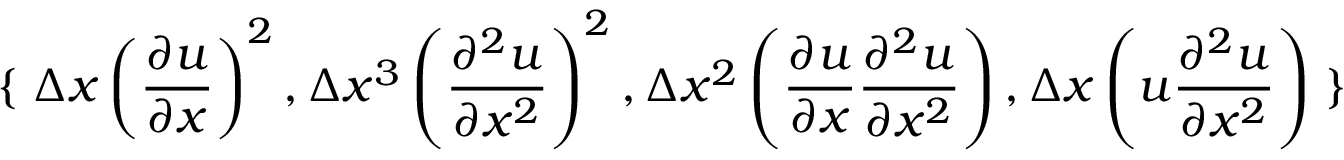
\left\{ \right. \Delta x \left( \frac { \partial u } { \partial x } \right) ^ { 2 } , \allowbreak \Delta x ^ { 3 } \left( \frac { \partial ^ { 2 } u } { \partial x ^ { 2 } } \right) ^ { 2 } , \allowbreak \Delta x ^ { 2 } \left( \frac { \partial u } { \partial x } \frac { \partial ^ { 2 } u } { \partial x ^ { 2 } } \right) , \allowbreak \Delta x \left( u \frac { \partial ^ { 2 } u } { \partial x ^ { 2 } } \right) \left. \right\}